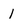
Character: 1